King Institute of Preventive Medicine Micro-Biological Section reports 1909-11
Year: 1909
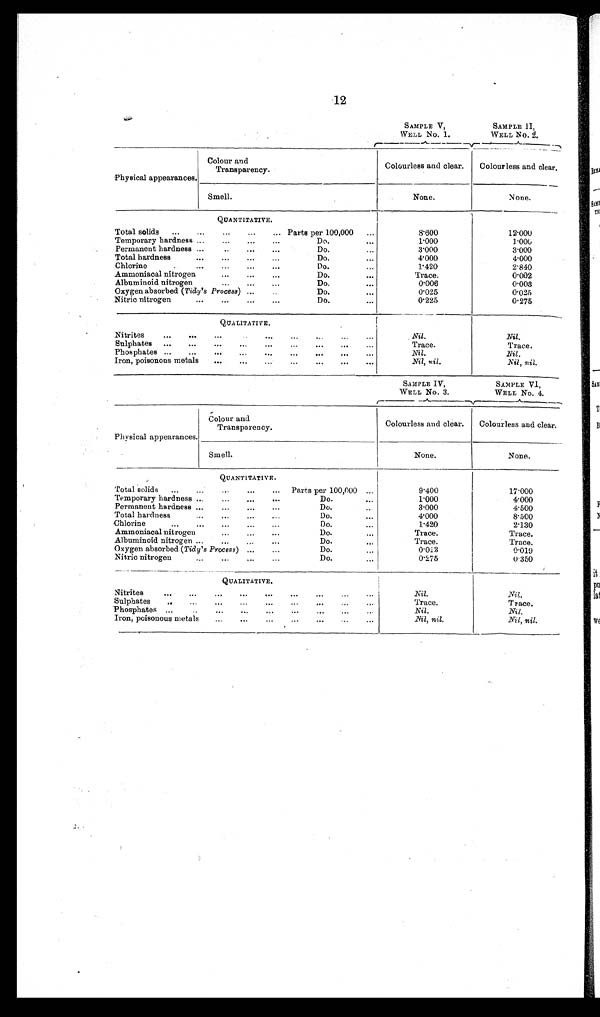
12
SAMPLE V,
WELL No. 1.
SAMPLE II,
WELL No. 2.
Physical appearances.
Colour and
Transparency.
Colourless and clear.
Colourless and clear.
Smell.
None.
None.
QUANTITATIVE.
Total solids
...
...
...
...
... Parts per 100,000
...
8.600
12.000
Temporary hardness ...
...
...
...
Do.
...
1.000
1.
000
Permanent hardness .....
...
...
Do.
3.000
3.000
Total hardness...
...
...
...
Do.
...
4.000
4.000
Chlorine
Do.
1.420
2.840
Ammoniacal nitrogen
...
...
...
Do.
...
Trace.
0 . 0 0 2
Albumiuoid nitrogen...
Do ...
0.006
0.003
Oxygen absorbed ( Tidy's Process) ...
..
Do.
...
0.025
0.025
Nitric nitrogen
... ...
...
...
Do.
...
0.225
0.275
QUALITATIVE.
Nitrites
...
...
.....
..
..
Nil.
Nil.
Sulphates ...
...
...
...
...
...
...
...
...
Trace.
Trace.
Phosphates ...
...
...
... ... ... ... ... ...
Nil.
Nil.
Iron, poisonous metals
...
...
...
...
... ... ...
Nil, nil.
Nil, nil.
SAMPLE IV,
WELL No. 3.
SAMPLE VI,
WELL No. 4.
Physical appearances.
Colour and
Transparency.
Colourless and clear.
Colourless and clear.
Smell.
None.
None.
QUANTITATIVE.
Total solids
...
...
...
...
...
Parts per 100,000 ...
9.400
17.000
Temporary hardness ...
...
...
...
Do.
...
1.000
4.000
Permanent hardness ...
...
...
...
Do.
...
3.000
4 . 5 0 0
Total hardness
...
...
...
...
Do.
...
4.000
8.500
Chlorine
...
...
...
...
...
Do.
...
1.420
2.130
Ammoniacal nitrogen
...
...
...
Do.
...
Trace.
Trace.
Albuminoid nitrogen ...
...
...
...
Do.
...
Trace.
Trace.
Oxygen absorbed ( Tidy's Process ) ...
...
Do.
...
0 . 0 1 3
0.019
Nitric nitrogen
...
...
...
...
Do.
...
0.275
0 . 3 5 0
QUALITATIVE.
Nitrites
...
...
...
•••
•••
•••
•••
•• •
• ••
Nil.
Nil .
Sulphates
..
...
...
...
...
...
...
...
Trace.
Trace.
Phosphates ...
..
...
...
...
...
...
...
Nil.
Nil.
Iron, poisonous metals
...
...
...
...
...
...
...
N i l
,
n i l
.
Nil, nil.